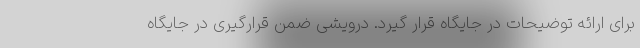
برای ارائه توضیحات در جایگاه قرار گیرد. درویشی ضمن قرارگیری در جایگاه